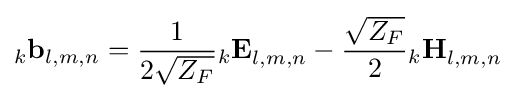
_{k}\mathbf {b} _{l,m,n}={\frac {1}{2{\sqrt {Z_{F}}}}}{_{k}\mathbf {E} }_{l,m,n}-{\frac {\sqrt {Z_{F}}}{2}}{_{k}\mathbf {H} }_{l,m,n}